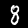
Digit: 8